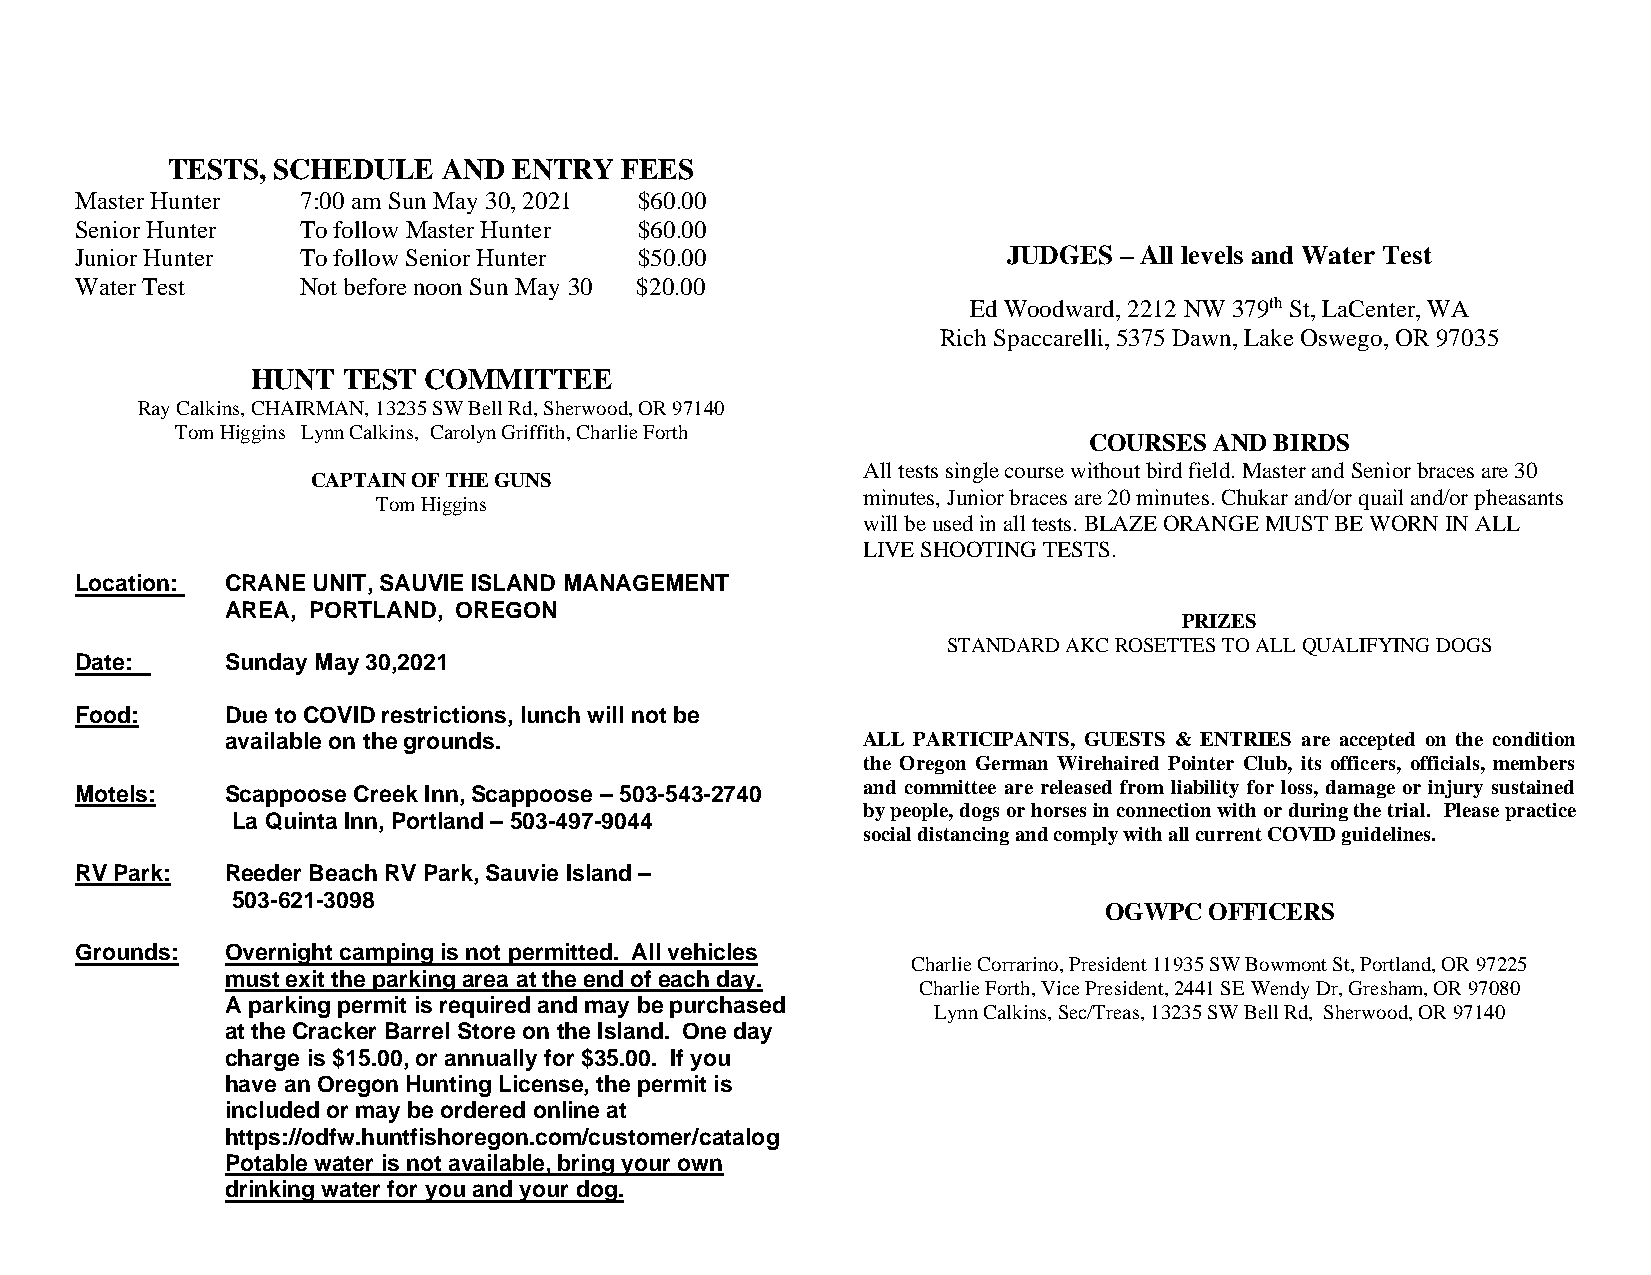
TESTS, SCHEDULE   AND  ENTRY  FEES
 Master Hunter  7:00 am Sun May 30, 2021 $60.00
 Senior Hunter  To follow Master Hunter $60.00
 Junior Hunter  To follow Senior Hunter $50.00                 JUDGES – All levels and Water Test
 Water Test     Not before noon Sun May 30 $20.00
 Ed Woodward, 2212 NW 379th St, LaCenter, WA
 Rich Spaccarelli, 5375 Dawn, Lake Oswego, OR 97035
 HUNT  TEST COMMITTEE
 Ray Calkins, CHAIRMAN, 13235 SW Bell Rd, Sherwood, OR 97140
 Tom Higgins Lynn Calkins, Carolyn Griffith, Charlie Forth
 COURSES AND BIRDS
 All tests single course without bird field. Master and Senior braces are 30
 CAPTAIN OF THE GUNS
 minutes, Junior braces are 20 minutes. Chukar and/or quail and/or pheasants
 Tom Higgins
 will be used in all tests. BLAZE ORANGE MUST BE WORN IN ALL
 LIVE SHOOTING TESTS.
 Location: CRANE UNIT, SAUVIE ISLAND MANAGEMENT
 AREA, PORTLAND, OREGON
 PRIZES
 STANDARD AKC ROSETTES TO ALL QUALIFYING DOGS
 Date:     Sunday May 30,2021
 Food:     Due to COVID restrictions, lunch will not be
 available on the grounds.                 ALL PARTICIPANTS, GUESTS & ENTRIES are accepted on the condition
 the Oregon German Wirehaired Pointer Club, its officers, officials, members
 and committee are released from liability for loss, damage or injury sustained
 Motels:   Scappoose Creek Inn, Scappoose – 503-543-2740
 by people, dogs or horses in connection with or during the trial. Please practice
 La Quinta Inn, Portland – 503-497-9044
 social distancing and comply with all current COVID guidelines.
 RV Park:  Reeder Beach RV Park, Sauvie Island –
 503-621-3098
 OGWPC  OFFICERS
 Grounds:  Overnight camping is not permitted. All vehicles
 Charlie Corrarino, President 11935 SW Bowmont St, Portland, OR 97225
 must exit the parking area at the end of each day.
 Charlie Forth, Vice President, 2441 SE Wendy Dr, Gresham, OR 97080
 A parking permit is required and may be purchased
 Lynn Calkins, Sec/Treas, 13235 SW Bell Rd, Sherwood, OR 97140
 at the Cracker Barrel Store on the Island. One day
 charge is $15.00, or annually for $35.00. If you
 have an Oregon Hunting License, the permit is
 included or may be ordered online at
 https://odfw.huntfishoregon.com/customer/catalog
 Potable water is not available, bring your own
 drinking water for you and your dog.